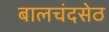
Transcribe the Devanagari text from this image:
बालचंदसेठ